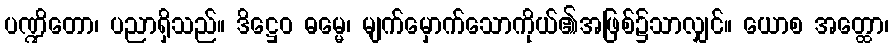
ပဏ္ဍိတော၊ ပညာရှိသည်။ ဒိဋ္ဌေဝ ဓမ္မေ၊ မျက်မှောက်သောကိုယ်၏အဖြစ်၌သာလျှင်။ ယောစ အတ္ထော၊